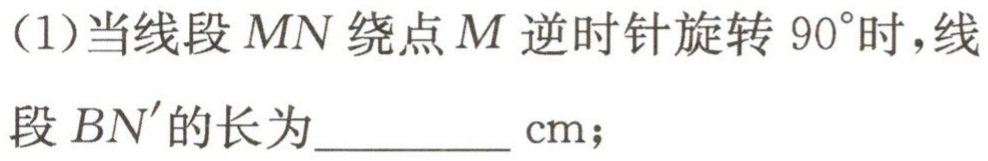
(1)当线段$MN$绕点$M$逆时针旋转$90^{\circ}$时,线段$BN^{\prime}$的长为__________$\text{cm}$;